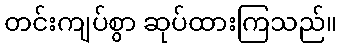
တင်းကျပ်စွာ ဆုပ်ထားကြသည်။